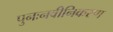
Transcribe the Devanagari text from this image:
पुनःनवीनिकरण